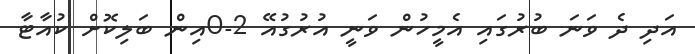
އަދި ދެ ވަނަ ބުރުގައި އެމީހުން ވަނީ އުރުގުއޭ 2-0އިން ބަލިކޮށް ކުއާޓާ